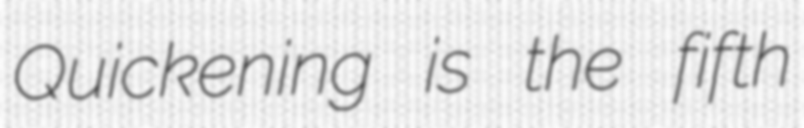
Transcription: Quickening is the fifth